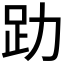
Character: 𧾼